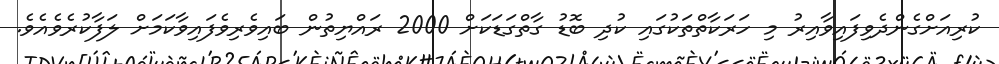
ކުރިއަށްގެންދެވިފައިވާއިރު މި ހަރަކާތްތަކުގައި ކުދި ބޮޑު ގާތްގަޑަކަށް 2000 ރައްޔިތުން ބައިވެރިވެފައިވާކަމަށް ލަފާކުރެވެއެވެ.